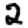
Digit: 2